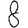
Digit: 8